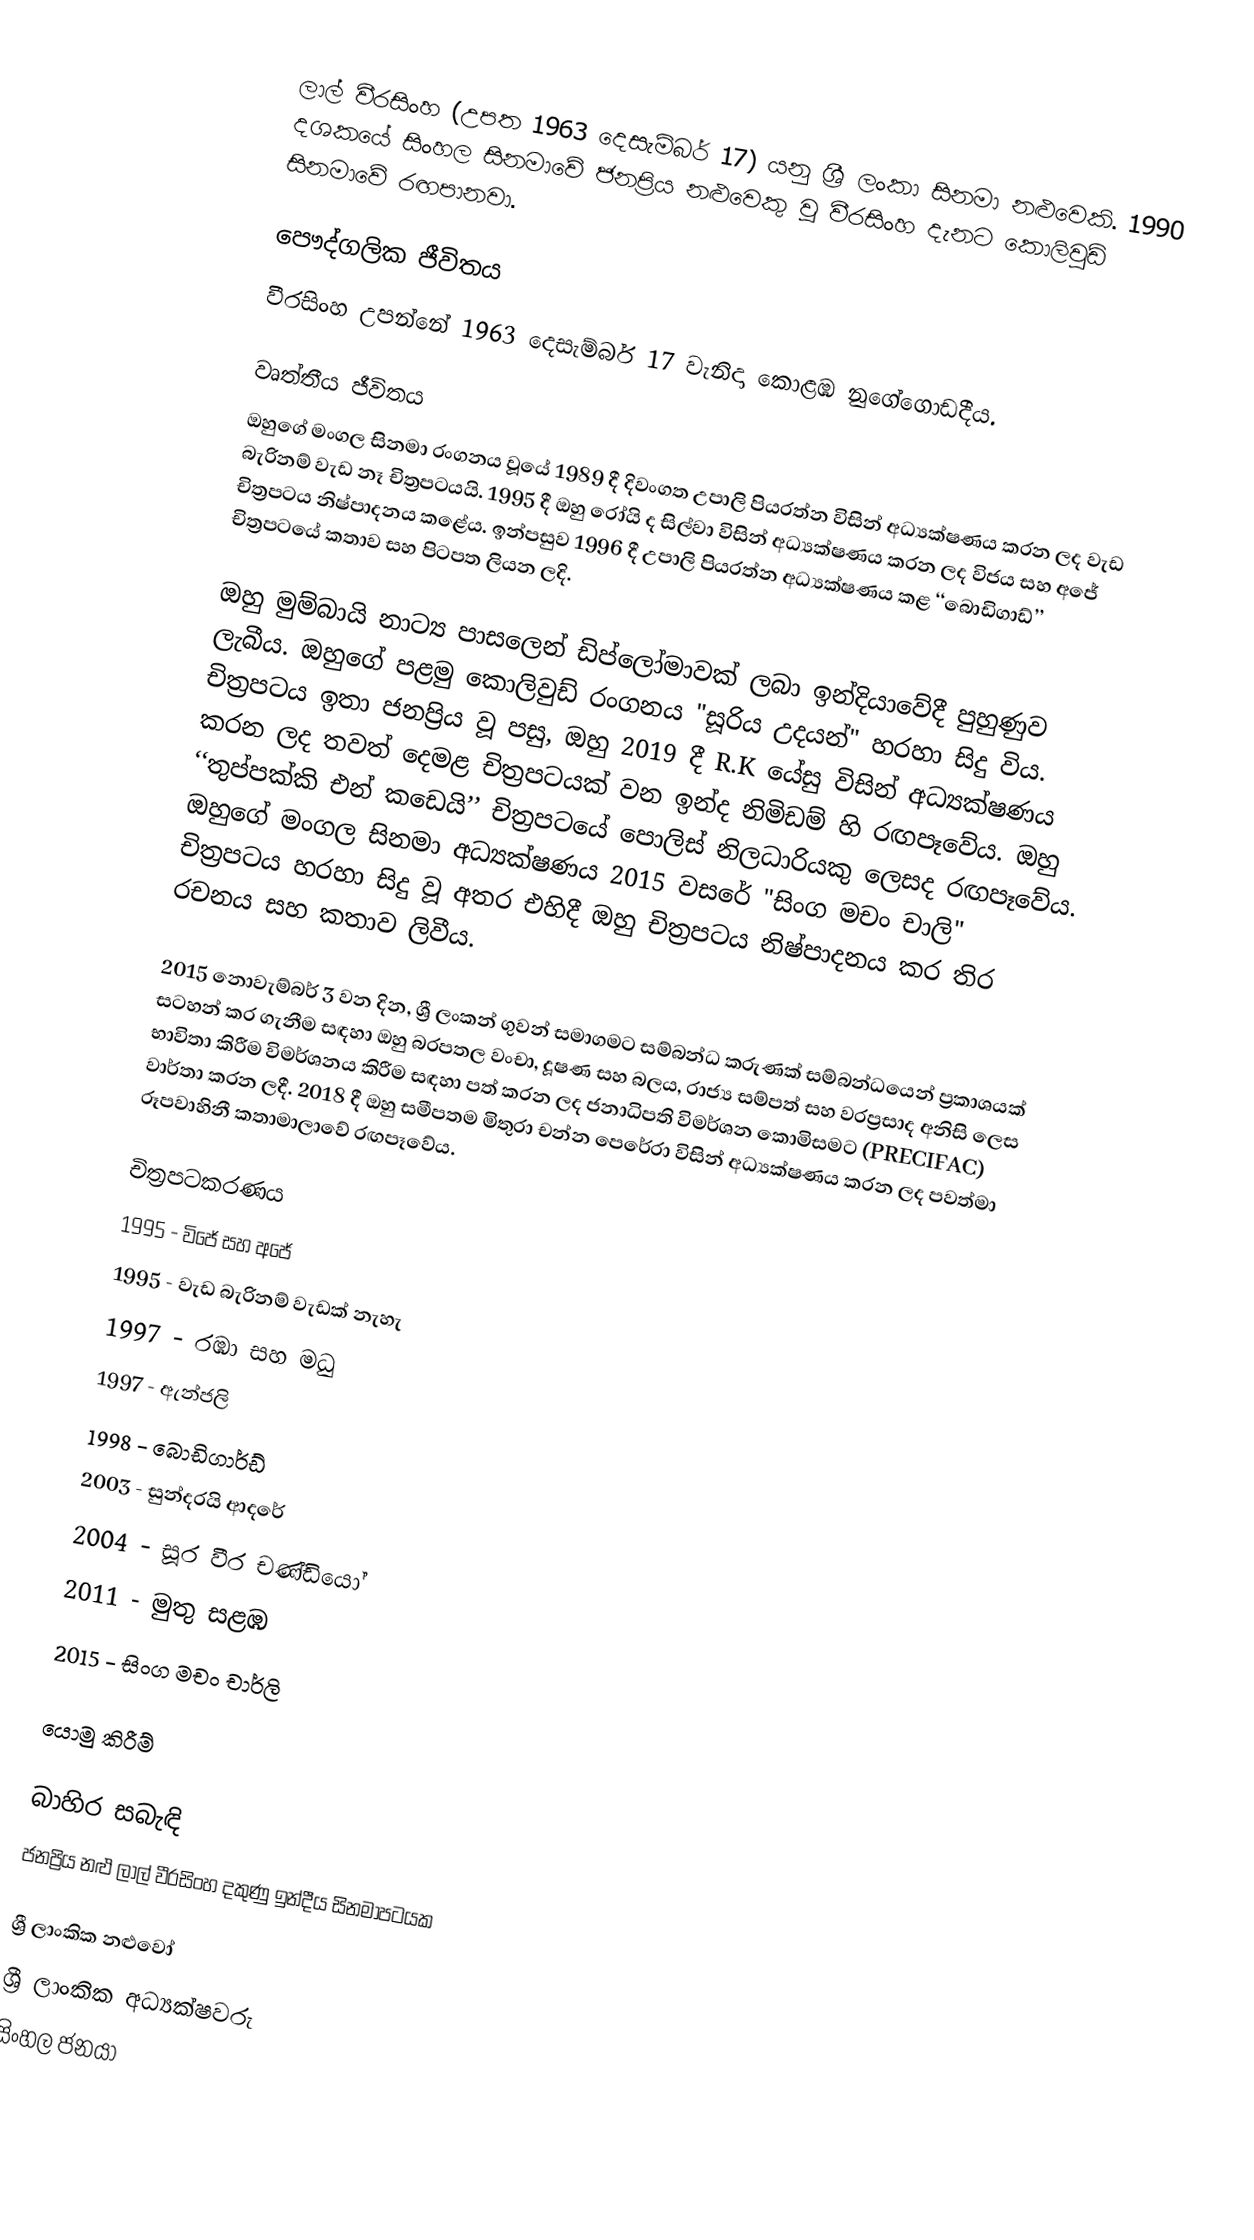
ලාල් වීරසිංහ (උපත 1963 දෙසැම්බර් 17) යනු ශ්‍රී ලංකා සිනමා නළුවෙකි. 1990 දශකයේ සිංහල සිනමාවේ ජනප්‍රිය නළුවෙකු වූ වීරසිංහ දැනට කොලිවුඩ් සිනමාවේ රඟපානවා.

පෞද්ගලික ජීවිතය
වීරසිංහ උපන්නේ 1963 දෙසැම්බර් 17 වැනිදා කොළඹ නුගේගොඩදීය.

වෘත්තීය ජීවිතය
ඔහුගේ මංගල සිනමා රංගනය වූයේ 1989 දී දිවංගත උපාලි පියරත්න විසින් අධ්‍යක්ෂණය කරන ලද වැඩ බැරිනම් වැඩ නෑ චිත්‍රපටයයි. 1995 දී ඔහු රෝයි ද සිල්වා විසින් අධ්‍යක්ෂණය කරන ලද විජය සහ අජේ චිත්‍රපටය නිෂ්පාදනය කළේය. ඉන්පසුව 1996 දී උපාලි පියරත්න අධ්‍යක්ෂණය කළ ‘‘බොඩිගාඩ්’’ චිත්‍රපටයේ කතාව සහ පිටපත ලියන ලදි.

ඔහු මුම්බායි නාට්‍ය පාසලෙන් ඩිප්ලෝමාවක් ලබා ඉන්දියාවේදී පුහුණුව ලැබීය. ඔහුගේ පළමු කොලිවුඩ් රංගනය "සූරිය උදයන්" හරහා සිදු විය. චිත්‍රපටය ඉතා ජනප්‍රිය වූ පසු, ඔහු 2019 දී R.K යේසු විසින් අධ්‍යක්ෂණය කරන ලද තවත් දෙමළ චිත්‍රපටයක් වන ඉන්ද නිමිඩම් හි රඟපෑවේය. ඔහු ‘‘තුප්පක්කි එන් කඩෙයි’’ චිත්‍රපටයේ පොලිස් නිලධාරියකු ලෙසද රඟපෑවේය. ඔහුගේ මංගල සිනමා අධ්‍යක්ෂණය 2015 වසරේ "සිංග මචං චාලි" චිත්‍රපටය හරහා සිදු වූ අතර එහිදී ඔහු චිත්‍රපටය නිෂ්පාදනය කර තිර රචනය සහ කතාව ලිවීය.

2015 නොවැම්බර් 3 වන දින, ශ්‍රී ලංකන් ගුවන් සමාගමට සම්බන්ධ කරුණක් සම්බන්ධයෙන් ප්‍රකාශයක් සටහන් කර ගැනීම සඳහා ඔහු බරපතල වංචා, දූෂණ සහ බලය, රාජ්‍ය සම්පත් සහ වරප්‍රසාද අනිසි ලෙස භාවිතා කිරීම විමර්ශනය කිරීම සඳහා පත් කරන ලද ජනාධිපති විමර්ශන කොමිසමට (PRECIFAC) වාර්තා කරන ලදී. 2018 දී ඔහු සමීපතම මිතුරා චන්න පෙරේරා විසින් අධ්‍යක්ෂණය කරන ලද පවත්මා රූපවාහිනී කතාමාලාවේ රඟපෑවේය.

චිත්‍රපටකරණය
1995 - විජේ සහ අජේ
1995 - වැඩ බැරිනම් වැඩක් නැහැ
1997 - රඹා සහ මධු
1997 - ඇන්ජලි
1998 - බොඩිගාර්ඩ්
2003 - සුන්දරයි ආදරේ
2004 - සූර වීර චණ්ඩියෝ
2011 - මුතු සළඹ
2015 - සිංග මචං චාර්ලි

යොමු කිරීම්

බාහිර සබැඳි
 ජනප්‍රිය නළු ලාල් වීරසිංහ දකුණු ඉන්දීය සිනමාපටයක

ශ්‍රී ලාංකික නළුවෝ
ශ්‍රී ලාංකික අධ්‍යක්ෂවරු
සිංහල ජනයා